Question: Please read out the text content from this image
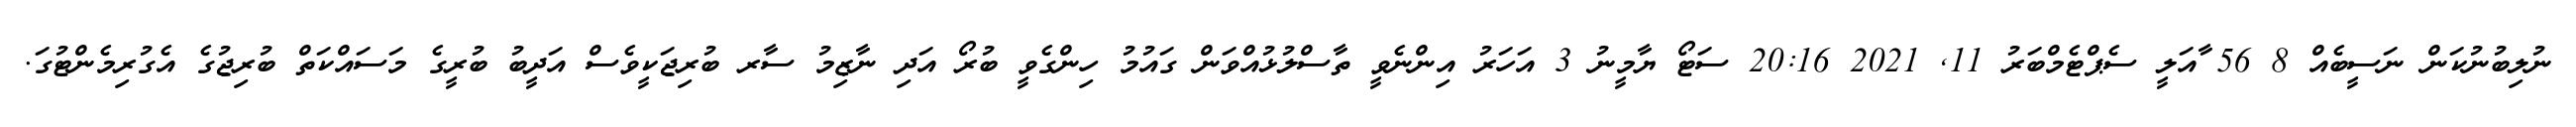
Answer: ނުލިބުނުކަން ނަސީބެއް 8 56 ާއަލީ ސެޕްޓެމްބަރު 11, 2021 20:16 ސަޓޯ ޔާމީނު 3 އަހަރު އިންނެވީ ތާސްލުޅުއްވަން ގައުމު ހިންގެވީ ބުރޯ އަދި ނާޒިމު ސާރ ބުރިޖަކީވެސް އަދީބު ބުރީގެ މަސައްކަތް ބުރިޖުގެ އެގުރިމެންޓުގަ.